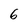
Character: 6